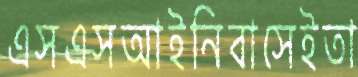
এসএসআইনিবাসেইতা